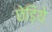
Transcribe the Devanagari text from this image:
छेड़िये